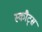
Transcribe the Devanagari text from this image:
स्कौट्स